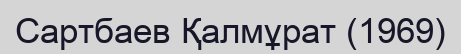
Сартбаев Қалмұрат (1969)